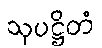
သုပဋ္ဌိတံ